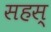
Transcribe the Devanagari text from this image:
सहस्